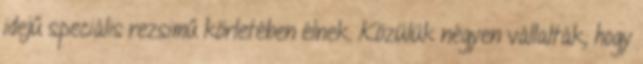
idejű speciális rezsimű körletében élnek. Közülük négyen vállalták, hogy